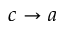
c \to a